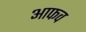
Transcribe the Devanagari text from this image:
आफव